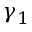
\gamma _ { 1 }